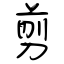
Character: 剪